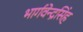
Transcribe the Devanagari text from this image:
भार्गवेन्द्रसिंह